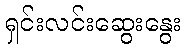
ရှင်းလင်းဆွေးနွေး